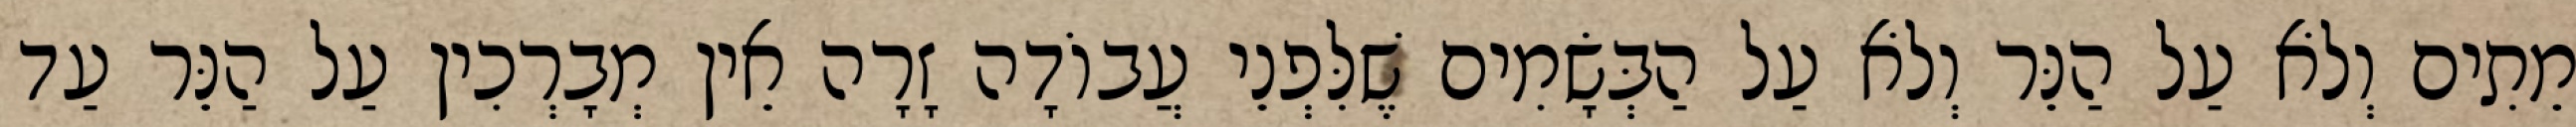
מֵתִים וְלֹא עַל הַנֵּר וְלֹא עַל הַבְּשָׂמִים שֶׁלִּפְנֵי עֲבוֹדָה זָרָה אֵין מְבָרְכִין עַל הַנֵּר עַד